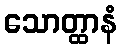
သောတ္ထာနံ